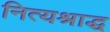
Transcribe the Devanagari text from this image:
नित्यश्राद्ध